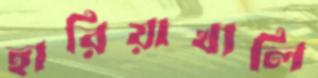
হারিয়াখালি